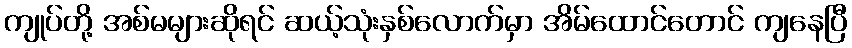
ကျုပ်တို့ အစ်မများဆိုရင် ဆယ့်သုံးနှစ်လောက်မှာ အိမ်ထောင်တောင် ကျနေပြီ